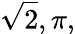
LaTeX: {\sqrt{2}},\pi,